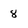
Character: 8